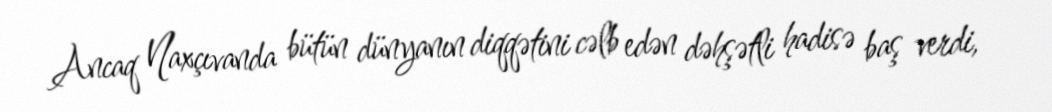
Ancaq Naxçıvanda bütün dünyanın diqqətini cəlb edən dəhşətli hadisə baş verdi,